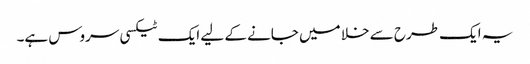
یہ ایک طرح سے خلا میں جانے کے لیے ایک ٹیکسی سروس ہے۔